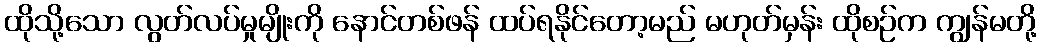
ထိုသို့သော လွတ်လပ်မှုမျိုးကို နောင်တစ်ဖန် ထပ်ရနိုင်တော့မည် မဟုတ်မှန်း ထိုစဉ်က ကျွန်မတို့